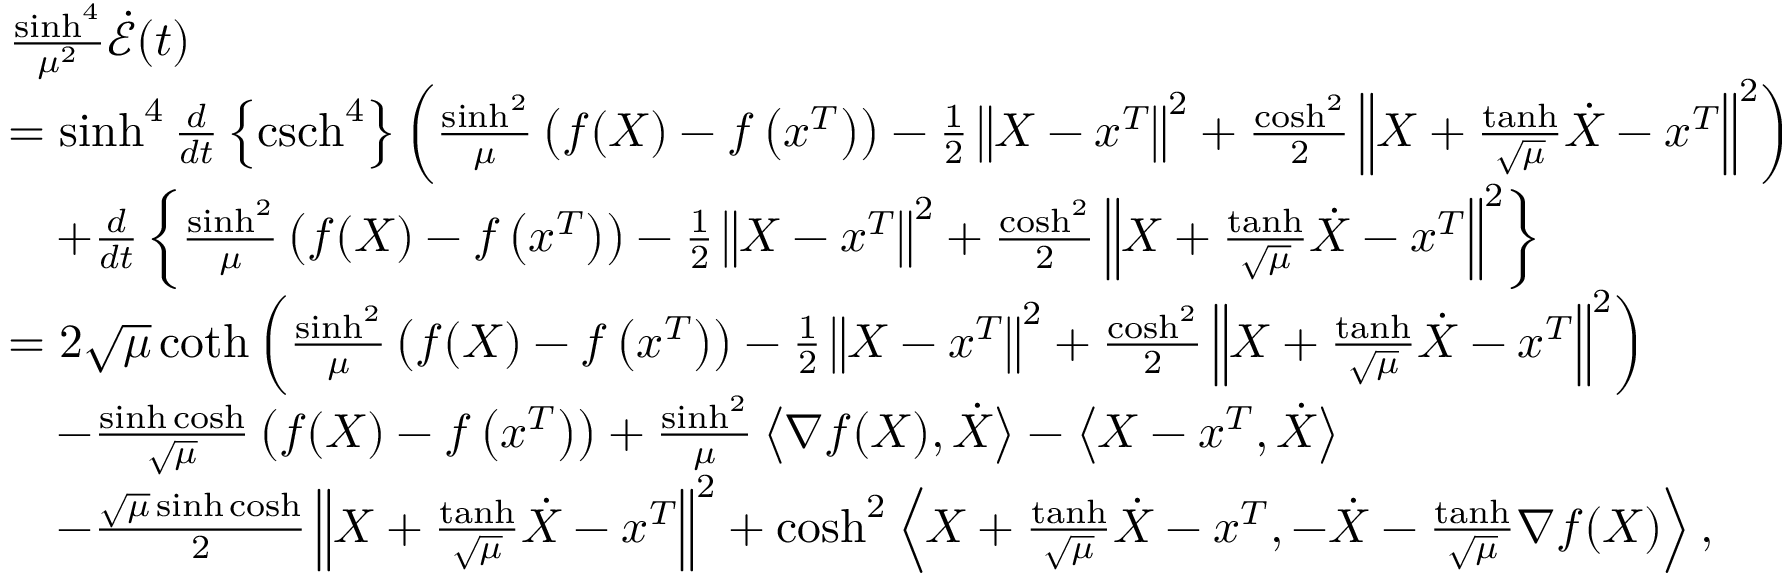
\begin{array} { r l } & { \frac { \sinh ^ { 4 } } { \mu ^ { 2 } } \dot { \mathcal { E } } ( t ) } \\ & { = \sinh ^ { 4 } \frac { d } { d t } \left\{ \operatorname { c s c h } ^ { 4 } \right\} \left( \frac { \sinh ^ { 2 } } { \mu } \left( f ( X ) - f \left( x ^ { T } \right) \right) - \frac { 1 } { 2 } \left\Vert X - x ^ { T } \right\Vert ^ { 2 } + \frac { \cosh ^ { 2 } } { 2 } \left\Vert X + \frac { \operatorname { t a n h } } { \sqrt { \mu } } \dot { X } - x ^ { T } \right\Vert ^ { 2 } \right) } \\ & { \quad + \frac { d } { d t } \left\{ \frac { \sinh ^ { 2 } } { \mu } \left( f ( X ) - f \left( x ^ { T } \right) \right) - \frac { 1 } { 2 } \left\Vert X - x ^ { T } \right\Vert ^ { 2 } + \frac { \cosh ^ { 2 } } { 2 } \left\Vert X + \frac { \operatorname { t a n h } } { \sqrt { \mu } } \dot { X } - x ^ { T } \right\Vert ^ { 2 } \right\} } \\ & { = 2 \sqrt { \mu } \coth \left( \frac { \sinh ^ { 2 } } { \mu } \left( f ( X ) - f \left( x ^ { T } \right) \right) - \frac { 1 } { 2 } \left\Vert X - x ^ { T } \right\Vert ^ { 2 } + \frac { \cosh ^ { 2 } } { 2 } \left\Vert X + \frac { \operatorname { t a n h } } { \sqrt { \mu } } \dot { X } - x ^ { T } \right\Vert ^ { 2 } \right) } \\ & { \quad - \frac { \sinh \cosh } { \sqrt { \mu } } \left( f ( X ) - f \left( x ^ { T } \right) \right) + \frac { \sinh ^ { 2 } } { \mu } \left\langle \nabla f ( X ) , \dot { X } \right\rangle - \left\langle X - x ^ { T } , \dot { X } \right\rangle } \\ & { \quad - \frac { \sqrt { \mu } \sinh \cosh } { 2 } \left\Vert X + \frac { \operatorname { t a n h } } { \sqrt { \mu } } \dot { X } - x ^ { T } \right\Vert ^ { 2 } + \cosh ^ { 2 } \left\langle X + \frac { \operatorname { t a n h } } { \sqrt { \mu } } \dot { X } - x ^ { T } , - \dot { X } - \frac { \operatorname { t a n h } } { \sqrt { \mu } } \nabla f ( X ) \right\rangle , } \end{array}